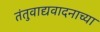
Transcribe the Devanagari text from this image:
तंतुवाद्यवादनाच्या